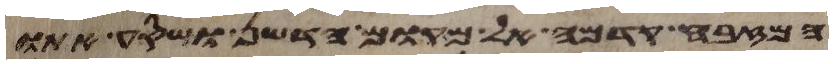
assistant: המזבח קדמה אל מקום הדשן ושסע אתו